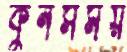
কুনসময়